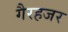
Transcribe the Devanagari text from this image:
गैरहजर